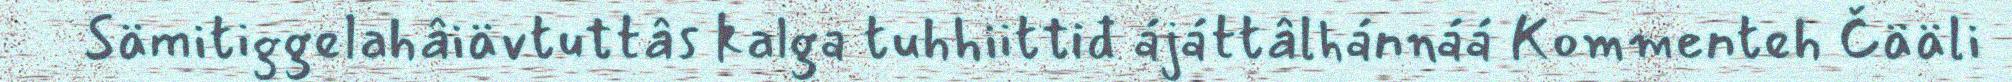
Sämitiggelahâiävtuttâs kalga tuhhiittiđ ájáttâlhánnáá Kommenteh Čääli